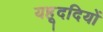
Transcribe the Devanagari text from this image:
यहूददियों